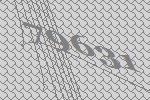
79631